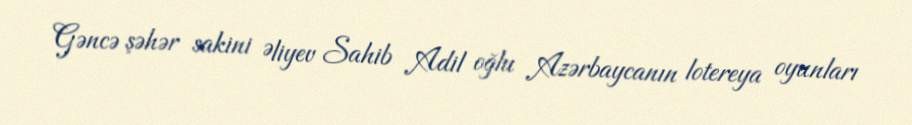
Gəncə şəhər sakini Əliyev Sahib Adil oğlu Azərbaycanın lotereya oyunları